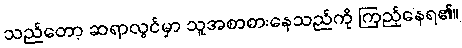
သည်တော့ ဆရာလွင်မှာ သူအစာစားနေသည်ကို ကြည့်နေရ၏။